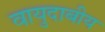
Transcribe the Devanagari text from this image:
वायुदाबीय